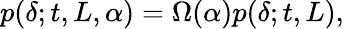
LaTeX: p(\delta;t,L,\alpha)=\Omega(\alpha)p(\delta;t,L),